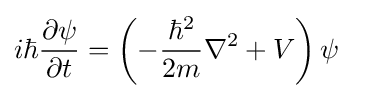
i\hbar {\frac {\partial \psi }{\partial t}}=\left(-{\frac {\hbar ^{2}}{2m}}\nabla ^{2}+V\right)\psi \quad